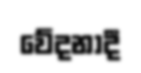
වේදනාදී